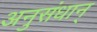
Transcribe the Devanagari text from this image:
अनुसंधान्